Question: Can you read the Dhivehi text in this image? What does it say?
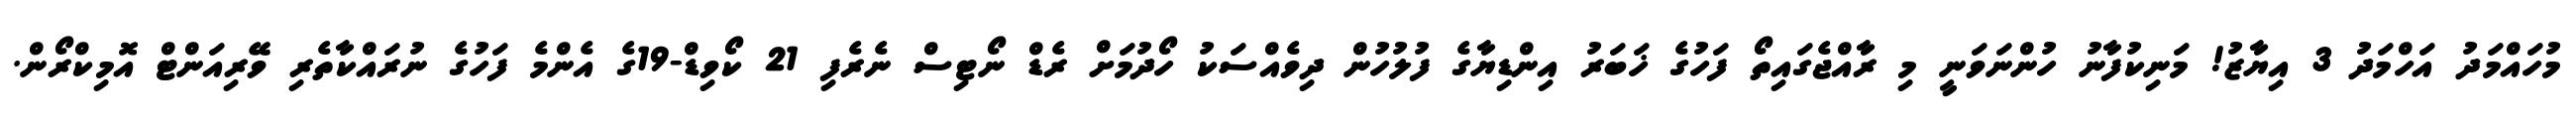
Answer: މުހައްމަދު އަހްމަދު 3 އިޔާޒު! މަނިކުފާނު ހުންނަވަނީ މި ރާއްޖެގައިތޯ ފަހުގެ ޚަބަރު އިންޑިޔާގެ ފުލުހުން ދިވެއްސަކު ހޯދުމަށް ރެޑް ނޯޓިސް ނެރެފި 21 ކޯވިޑް-19ގެ އެންމެ ފަހުގެ ނުރައްކާތެރި ވޭރިއަންޓް އޮމިކްރޯން.